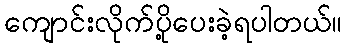
ကျောင်းလိုက်ပို့ပေးခဲ့ရပါတယ်။